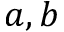
a , b